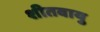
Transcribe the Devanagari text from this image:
शीतवायु